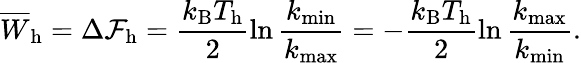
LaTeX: \overline{{W}}_{\mathrm{h}}=\Delta\mathcal{F}_{\mathrm{h}}=\frac{k_{\mathrm{B}}T_{\mathrm{h}}}{2}\ln\frac{k_{\mathrm{min}}}{k_{\mathrm{max}}}=-\frac{k_{\mathrm{B}}T_{\mathrm{h}}}{2}\ln\frac{k_{\mathrm{max}}}{k_{\mathrm{min}}}.